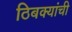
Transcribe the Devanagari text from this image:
ठिबक्यांची